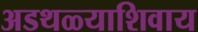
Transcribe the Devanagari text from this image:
अडथळ्याशिवाय